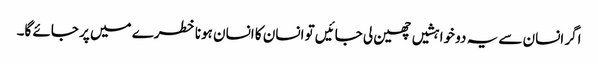
اگر انسان سے یہ دو خواہشیں چھین لی جائیں تو انسان کا انسان ہونا خطرے میں پر جائے گا۔